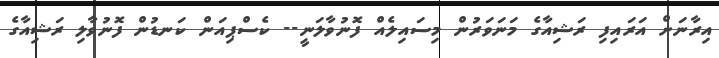
އިރާނަށް އަރައިފި ރަޝިއާގެ މަނަވަރުން މިސައިލެއް ފޮނުވާލަނީ-- ކެސްޕިއަން ކަނޑުން ފޮނުވާލި ރަޝިއާގެ